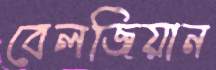
বেলজিয়ান